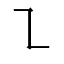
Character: ㇅